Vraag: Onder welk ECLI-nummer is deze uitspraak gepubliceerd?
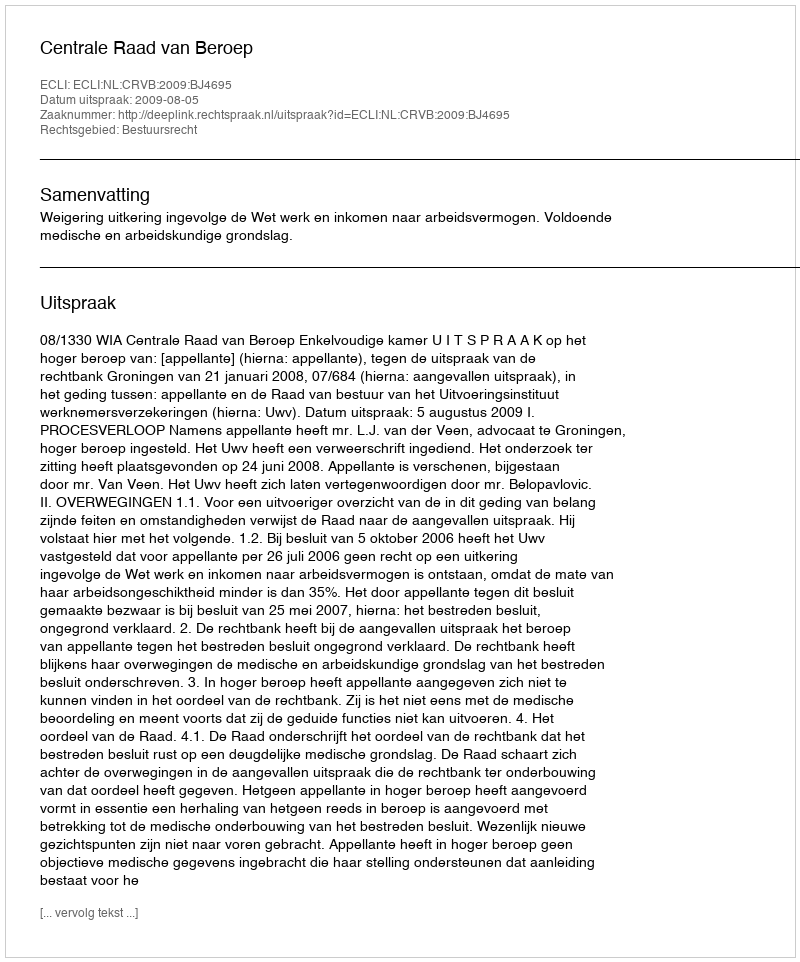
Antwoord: ECLI:NL:CRVB:2009:BJ4695